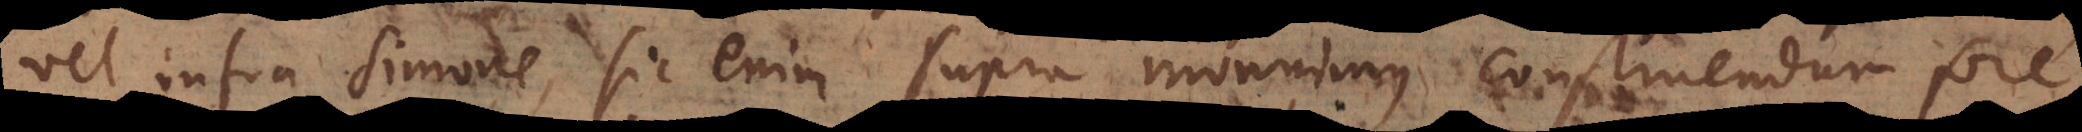
vel infra Simone, sic enim supra monuimus construendum fore